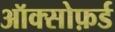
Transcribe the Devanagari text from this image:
ऑक्सोफ़र्ड